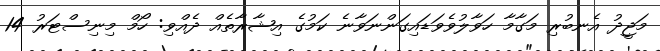
މަޖީދު އެނބުރި މަގާމާ ހަވާލުވެވަޑައިގަންނަވާނެ ކަމުގެ އިޝާރާތެއް ދެއްވި: ހޯމް މިނިސްޓަރު 14